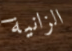
الزانية